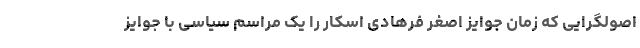
اصولگرایی که زمان جوایز اصغر فرهادی اسکار را یک مراسم سیاسی با جوایز